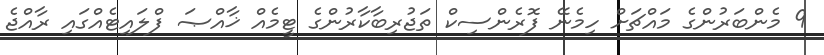
9 މެންބަރުންގެ މައްޗަށް ހިމެނޭ ފޮރެންސިކް ތަޖުރިބާކާރުންގެ ޓީމެއް ޚާއްޞަ ފްލައިޓެއްގައި ރާއްޖެ